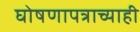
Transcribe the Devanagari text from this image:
घोषणापत्राच्याही